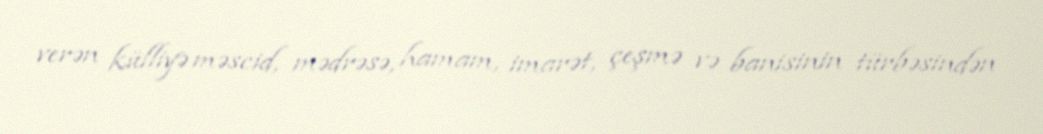
verən külliyə məscid, mədrəsə, hamam, imarət, çeşmə və banisinin türbəsindən